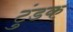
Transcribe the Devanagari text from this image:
टुंडक